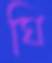
ঘি